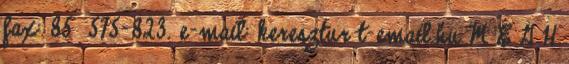
fax: 85 575-823. e-mail: keresztur t-email.hu M E G H